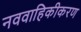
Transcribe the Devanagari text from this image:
नववाहिकीकरण